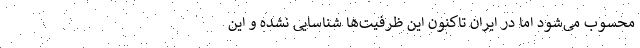
محسوب می‌شود اما در ایران تاکنون این ظرفیت‌ها شناسایی نشده و این